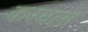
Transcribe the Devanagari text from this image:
करयला